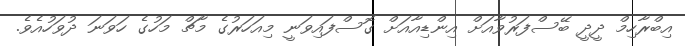
އިބްރާހިމް ދީދީ ބޭސްފަރުވާއަށް އިންޑިއާއަށް ގޮސްފައިވަނީ މިއަހަރުގެ މާޗް މަހުގެ ހަވަނަ ދުވަހުއެވެ.